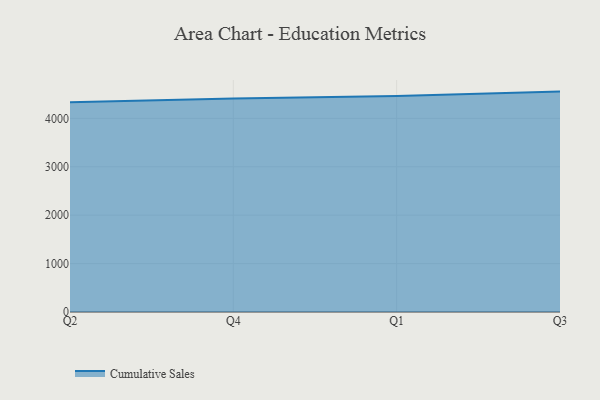
{"axis": {"x": "Quarter", "y": "Churn Rate (%)"}, "legend": ["Cumulative Sales"], "data": [{"x": "Q2", "y": 4331.0, "type": "Cumulative Sales"}, {"x": "Q4", "y": 4412.6, "type": "Cumulative Sales"}, {"x": "Q1", "y": 4464.3, "type": "Cumulative Sales"}, {"x": "Q3", "y": 4553.5, "type": "Cumulative Sales"}]}